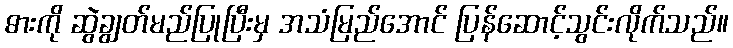
ဓားကို ဆွဲချွတ်မည်ပြုပြီးမှ အသံမြည်အောင် ပြန်ဆောင့်သွင်းလိုက်သည်။